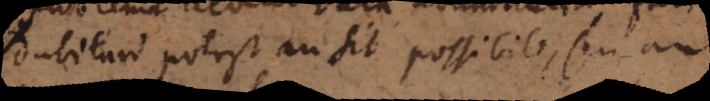
dubitari potest an sit possibile, seu an